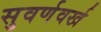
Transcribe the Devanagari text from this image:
सुवर्णवर्ख